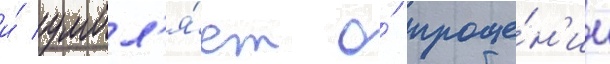
и́ умол'я́ет о́ проще́н'ии